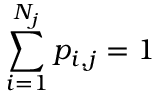
\sum _ { i = 1 } ^ { N _ { j } } p _ { i , j } = 1